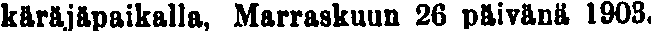
käräjäpaikalla, Marraskuun 26 päivänä 1903.